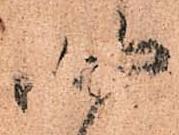
四